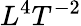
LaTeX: L^{4}T^{-2}